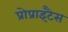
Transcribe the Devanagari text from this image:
प्रोप्राइटैस